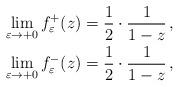
LaTeX: \begin{align*}\lim_{\varepsilon\to+0}f^{+}_{\varepsilon}(z)&=\frac{1}{2}\cdot\frac{1}{1-z}\,, \\\lim_{\varepsilon\to+0}f^{-}_{\varepsilon}(z)&=\frac{1}{2}\cdot\frac{1}{1-z}\,,\end{align*}